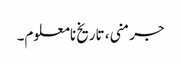
جرمنی، تاریخ نامعلوم۔